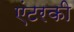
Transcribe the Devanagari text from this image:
एंटरकी